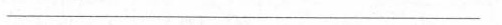
___